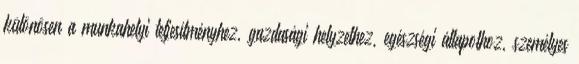
különösen a munkahelyi teljesítményhez, gazdasági helyzethez, egészségi állapothoz, személyes